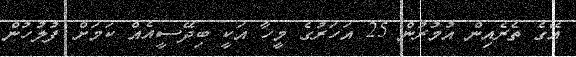
އޭގެ ތެރެއިން އުމުރުން 25 އަހަރުގެ މީހާ އަކީ ބިދޭސީއެއް ކަމަށް ފުލުހުން